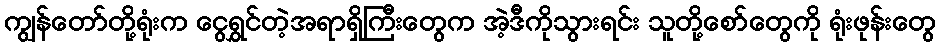
ကျွန်တော်တို့ရုံးက ငွေရွှင်တဲ့အရာရှိကြီးတွေက အဲ့ဒီကိုသွားရင်း သူတို့စော်တွေကို ရုံးဖုန်းတွေ